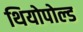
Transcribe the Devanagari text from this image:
थियोपोल्ड